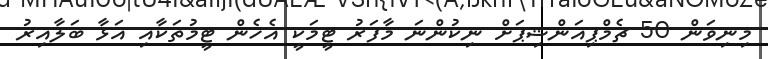
މިނިވަން 50 ޗެމްޕިއަންޝިޕަށް ނިކުންނަ މާފަރު ޓީމަކީ އެހެން ޓީމުތަކާއި އަޅާ ބަލާއިރު